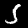
Digit: 5